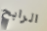
الرابح